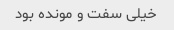
خیلی سفت و مونده بود